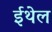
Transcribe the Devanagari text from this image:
ईथेल